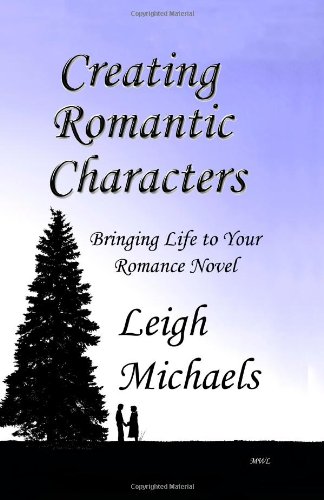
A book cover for Creating Romantic Characters: Bringing Life To Your Romance Novel; Leigh Michaels; Romance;